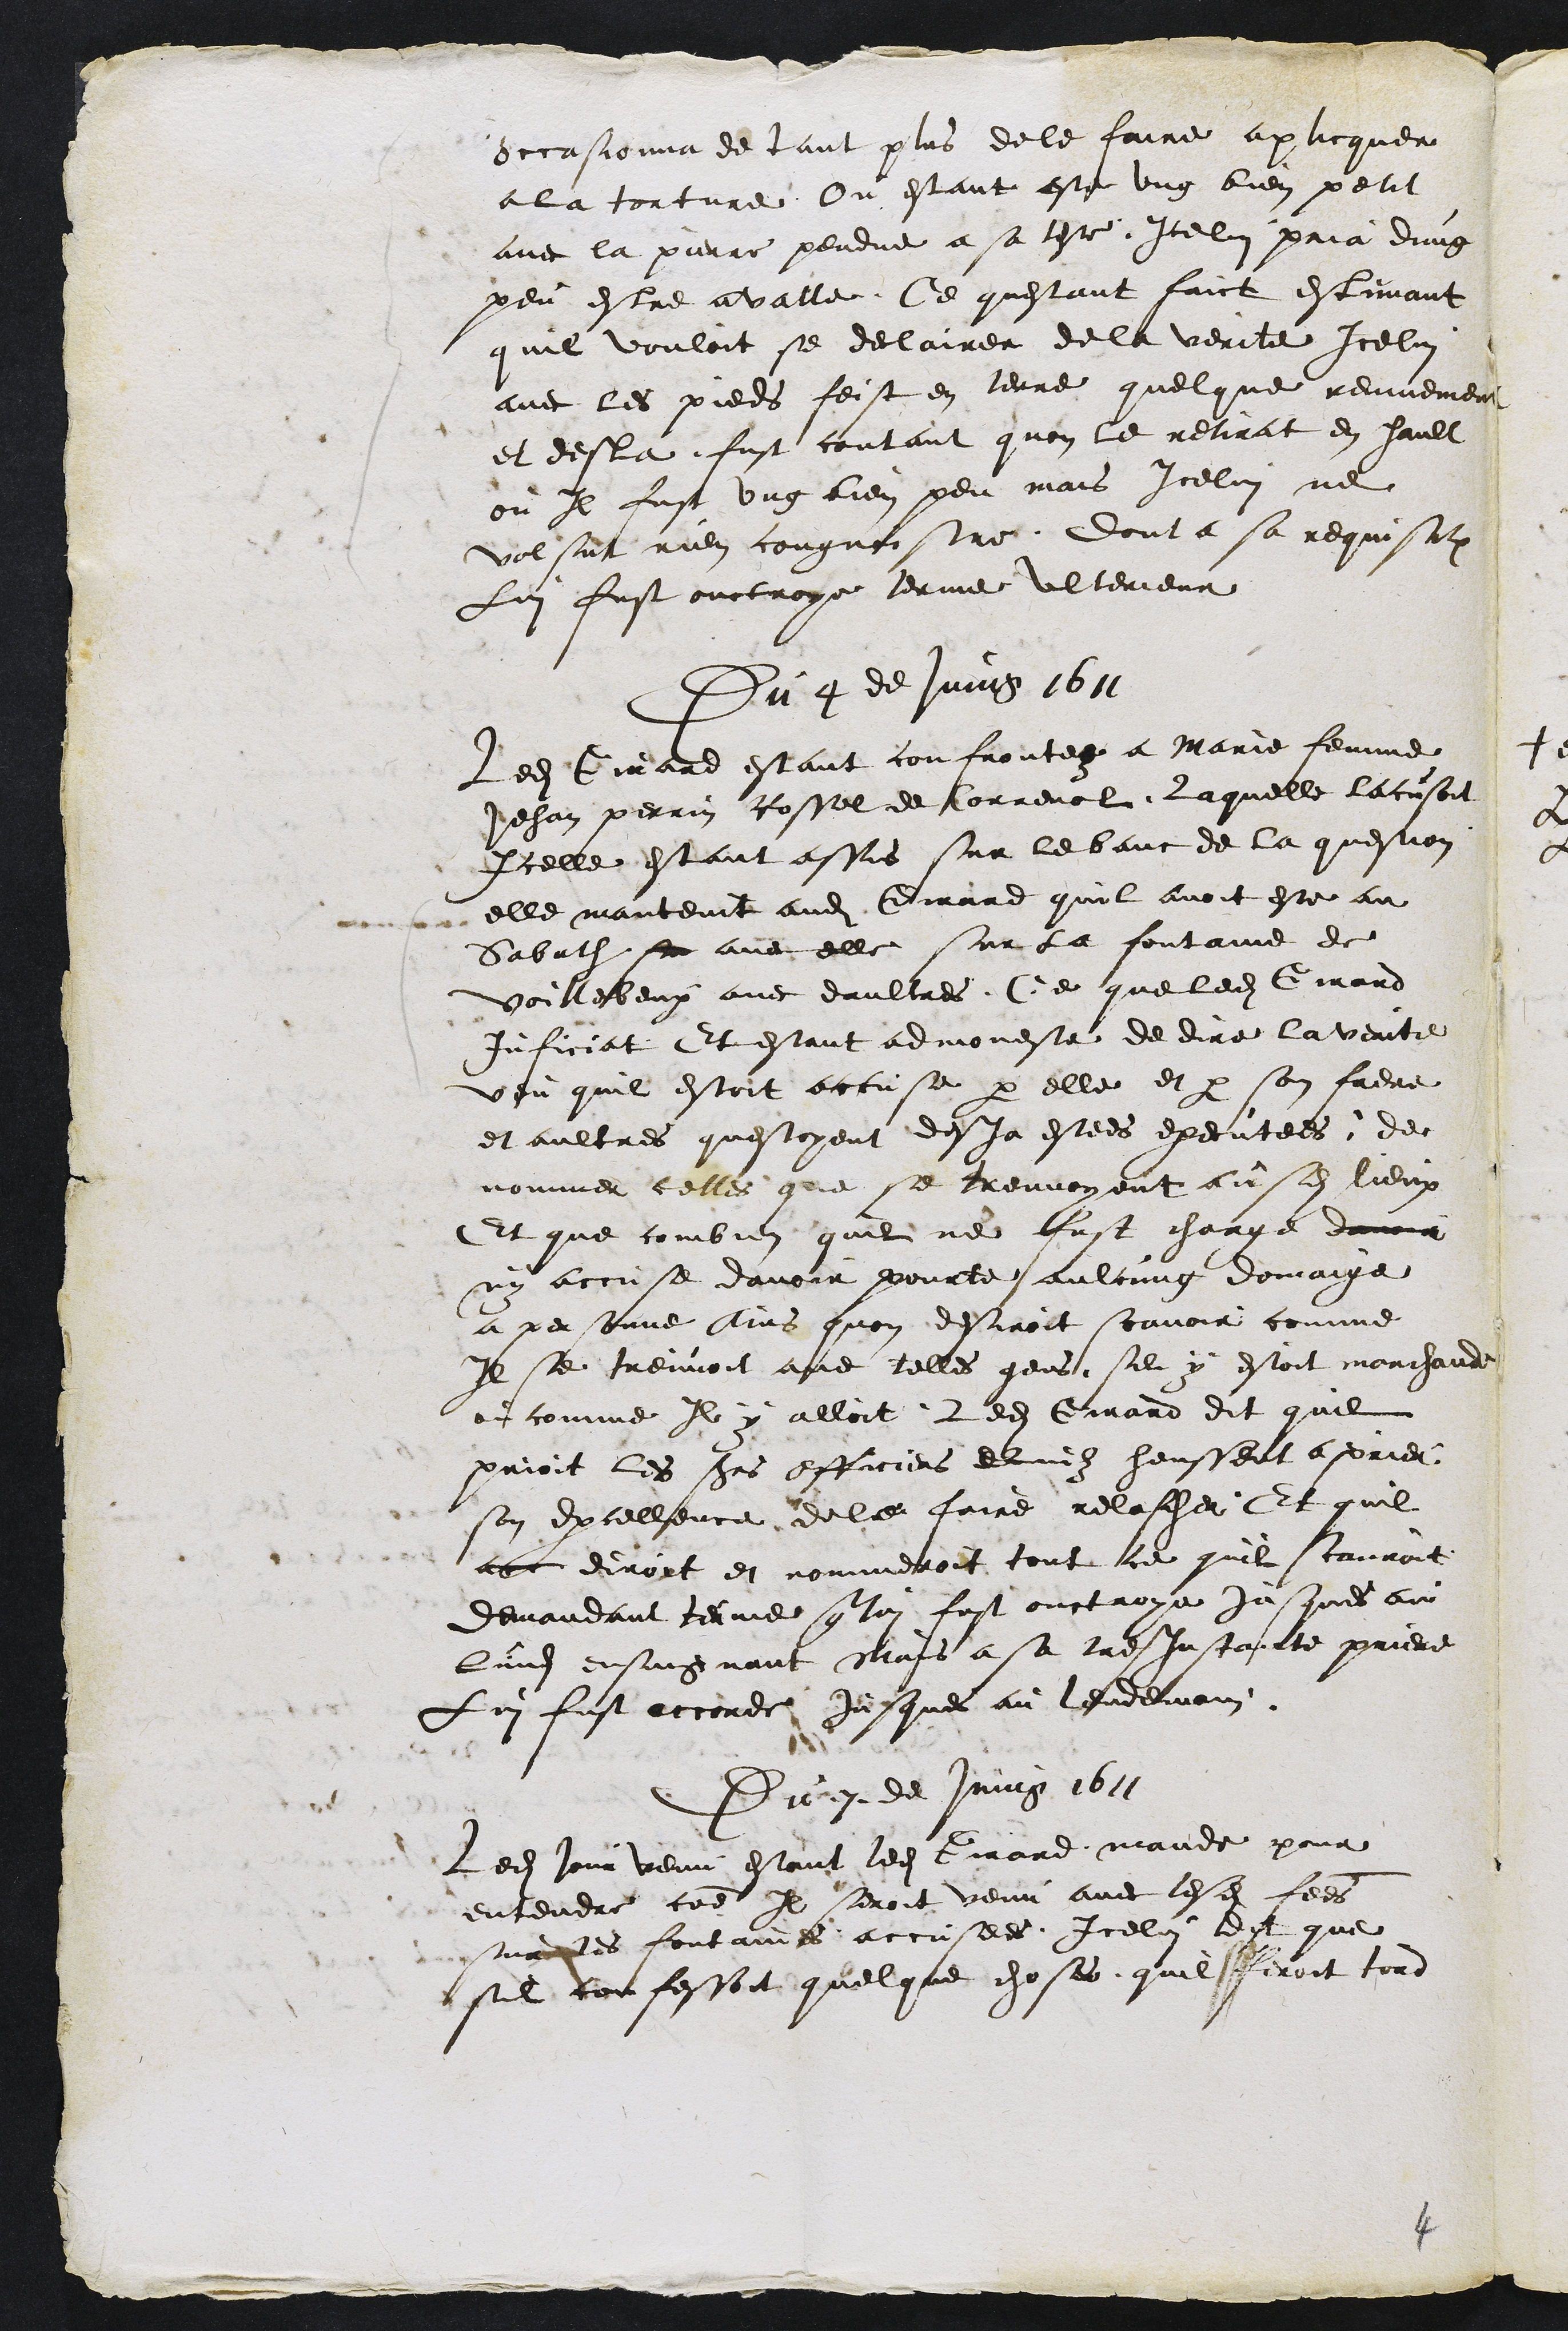
Occasionna de tant plus de le faire aplicquer
a la torture Ou estant este ung bien petit
avec la pierre pendue a sa teste Icelui pria dung
peu estre avalle Ce questant faict estimant
quil vouloit se declairer de la verite Icelui
avec les pieds feist en terre quelque renvement
et desla fust contant quon le retirat en hault
ou Il fust ung lien peu mais Icelui ne
volsut rien cougnoistre dont a sa requisition
Lui fust ouctroye terme ulterieur
Du 4 de Juing 1611
Ledit Girard estant confrontee a Marie femme
Jehan perrin Rossel de Correnol Laquelle lacusoit
Icelle estant assis sur le banc de la question
elle mantenit audit Girard quil avoit este au
Sabath se avec elle sur la fontaine de
Voillebeux avec daultres. Ce que ledit Girard
Inficiat Et estant admoneste de dire la verite
veu quil estoit accuse par elle et par son frere
et aultres questoyent desja estees executees de
nommer celles que se treuvoyent ausdits lieux
Et que combien quil ne fust charge davoir
ny accuse davoir pourte aulcung domaige
a personne Ains quon desiroit scavoir comme
Il se treuvoit avec telles gens sil y estoit marchande
ou comme Il y alloit Ledit Girard dit quil
prioit les sieurs officiers dinil heussent a prier
son Excellence de le faire relascher Et quil
a ce dirort et nommeroit tout ce quil scauroit
demandant terme que lui fust ouctroye jusques au
lundi ensuignant mais a sa tre instaicte priere
Lui fust accorde jusques au lendemain
Du 7 de Juing 1611
Ledit jour venu estant ledit Lirard mande pour
entendre comme Il seroit venu avec lesdites femes
surcles fontaines accusees Icelui dit que
sul confessoit quelque choses quil feroit tord

4